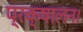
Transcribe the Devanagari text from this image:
प्रक्षालन।